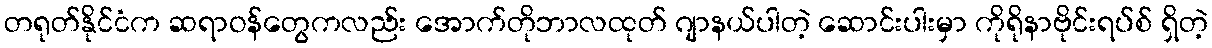
တရုတ်နိုင်ငံက ဆရာဝန်တွေကလည်း အောက်တိုဘာလထုတ် ဂျာနယ်ပါတဲ့ ဆောင်းပါးမှာ ကိုရိုနာဗိုင်းရပ်စ် ရှိတဲ့